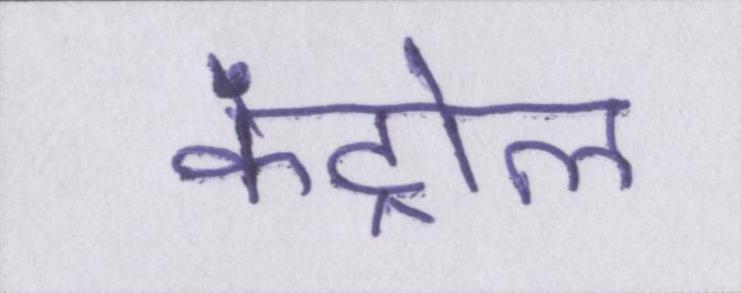
कंट्रोल